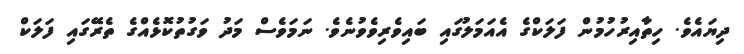
ދިޔައެވެ. ހިތާއިރުހުމުން ފަލަކްގެ އެއަމަލުގައި ބައިވެރިވެވުނެވެ. ނަމަވެސް މަދު ވަގުތުކޮޅެއްގެ ތެރޭގައި ފަލަކް